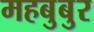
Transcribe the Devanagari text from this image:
महबुबुर